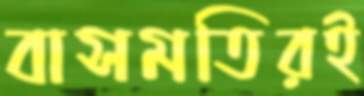
বাসমতিরই